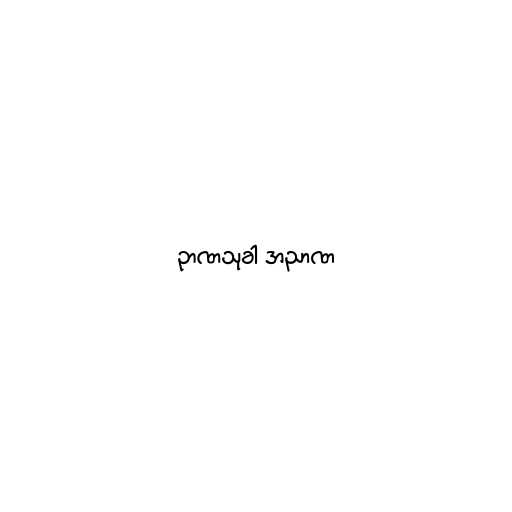
ဉာဏသုခါ အညာဏ